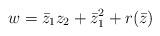
LaTeX: \begin{align*}w = \bar{z}_1 z_2 + \bar{z}_1^2 + r(\bar{z})\end{align*}